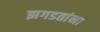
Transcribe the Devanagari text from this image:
झगडतांना